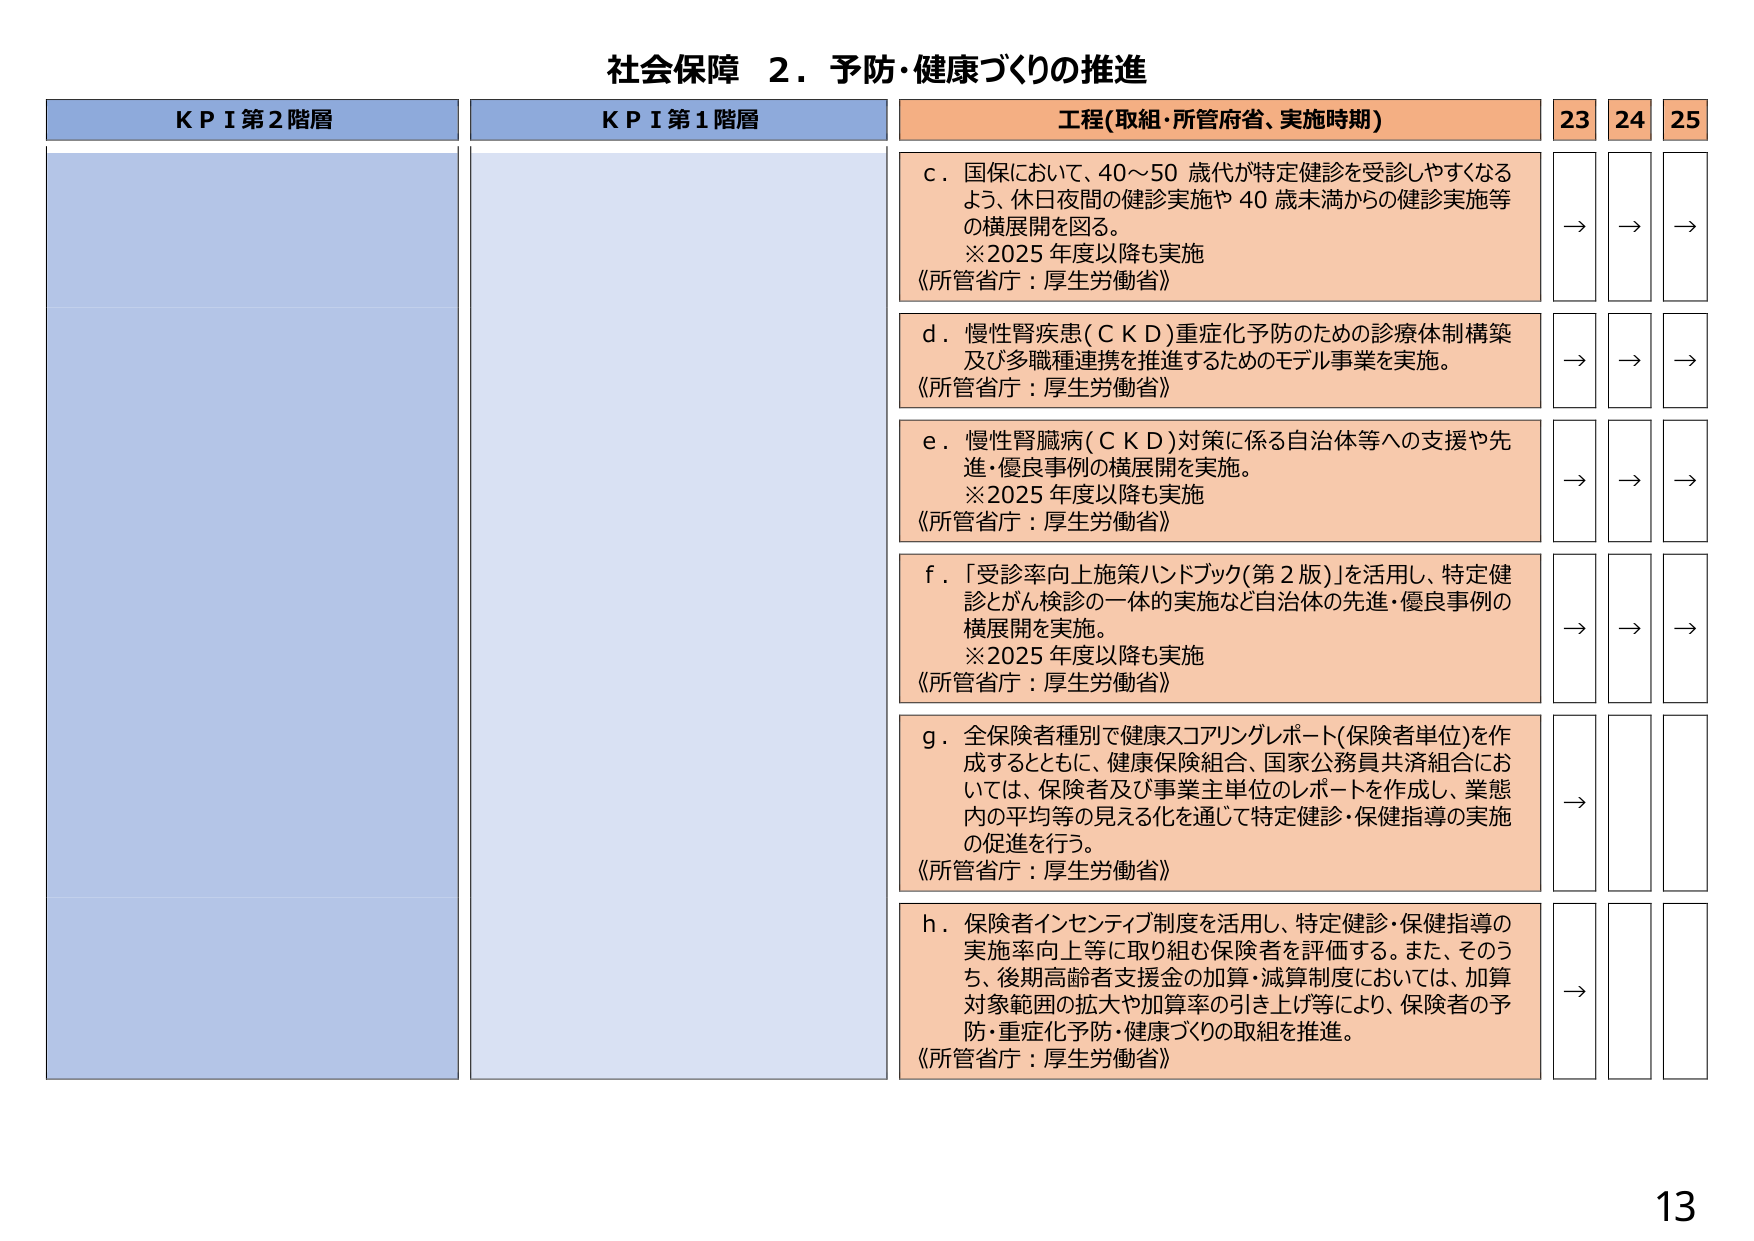
社会保障 ２．予防・健康づくりの推進

KPI第2階層
KPI第1階層
工程(取組・所管府省、実施時期)
23 24 25

c．国保において、40～50 歳代が特定健診を受診しやすくなる
よう、休日夜間の健診実施や 40 歳未満からの健診実施等
の横展開を図る。
※2025 年度以降も実施
《所管省庁：厚生労働省》
→ → →

d．慢性腎疾患（ＣＫＤ）重症化予防のための診療体制構築
及び多職種連携を推進するためのモデル事業を実施。
《所管省庁：厚生労働省》
→ → →

e．慢性腎臓病（ＣＫＤ）対策に係る自治体等への支援や先
進・優良事例の横展開を実施。
※2025 年度以降も実施
《所管省庁：厚生労働省》
→ → →

f．「受診率向上施策ハンドブック（第2版）」を活用し、特定健
診とがん検診の一体的実施など自治体の先進・優良事例の
横展開を実施。
※2025 年度以降も実施
《所管省庁：厚生労働省》
→ → →

g．全保険者種別で健康スコアリングレポート（保険者単位）を作
成するとともに、健康保険組合、国家公務員共済組合にお
いては、保険者及び事業主単位のレポートを作成し、業態
内の平均等の見える化を通じて特定健診・保健指導の実施
の促進を行う。
《所管省庁：厚生労働省》
→

h．保険者インセンティブ制度を活用し、特定健診・保健指導の
実施率向上等に取り組む保険者を評価する。また、そのう
ち、後期高齢者支援金の加算・減算制度においては、加算
対象範囲の拡大や加算率の引き上げ等により、保険者の予
防・重症化予防・健康づくりの取組を推進。
《所管省庁：厚生労働省》
→

13